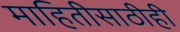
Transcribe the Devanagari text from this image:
माहितीसाठीही